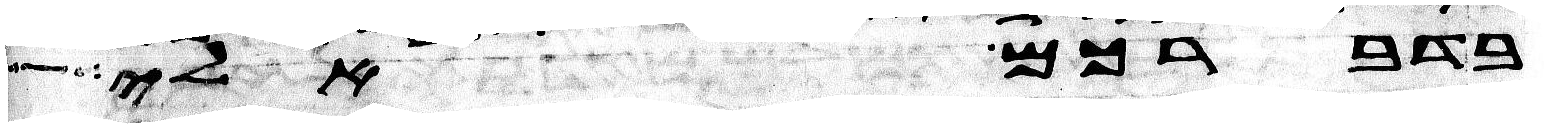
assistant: בדברכם אלי